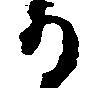
る